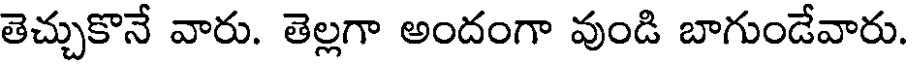
తెచ్చుకొనే వారు. తెల్లగా అందంగా వుండి బాగుండేవారు.